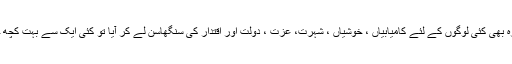
سال بیس سو سترہ بھی کئی لوگوں کے لئے کامیابیاں ، خوشیاں ، شہرت، عزت ، دولت اور اقتدار کی سنگھاسن لے کر آیا تو کئی ایک سے بہت کچھ چھین کر چلا گیا۔